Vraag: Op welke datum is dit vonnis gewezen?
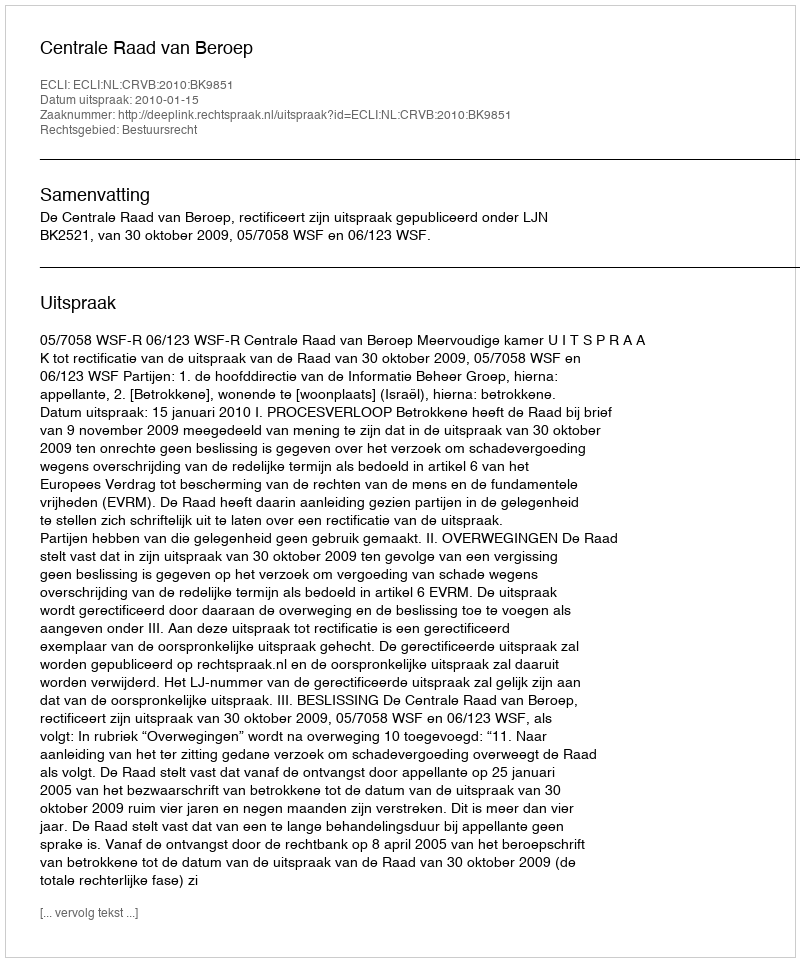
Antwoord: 2010-01-15